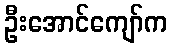
ဦးအောင်ကျော်က